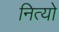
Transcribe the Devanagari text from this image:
नित्यो